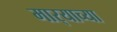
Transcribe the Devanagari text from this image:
मार्‍याच्या